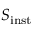
S _ { \mathrm { { i n s t } } }